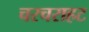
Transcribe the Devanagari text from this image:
चरचराहट